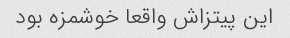
این پیتزاش واقعا خوشمزه بود